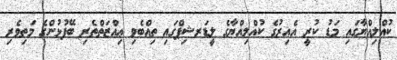
ކުއްލިއްޔާގައި މަޑު ކުރީ އެއިރުގެ ކުއްލިއްޔާގެ ލީޑަރޝިޕްގައި ތިއްބެވި ޢިއްޒަތްތެރި ބޭފުޅުންގެ މަތިވެރި